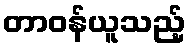
တာဝန်ယူသည့်